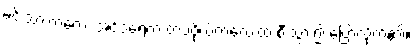
မင်းသားကလေး အင်ဒရေက တပ်ဗိုလ်ကလေးထံ စီးသွား၍ ပြောလိုက်၏။